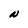
Character: N